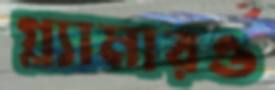
গ্ল্যামারও